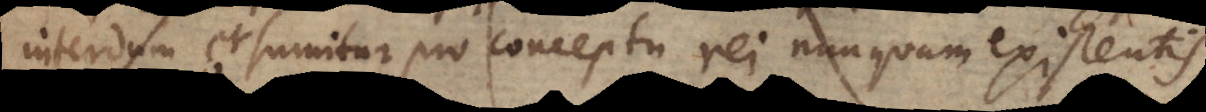
interdum et sumitur pro conceptu rei nunquam existentis,